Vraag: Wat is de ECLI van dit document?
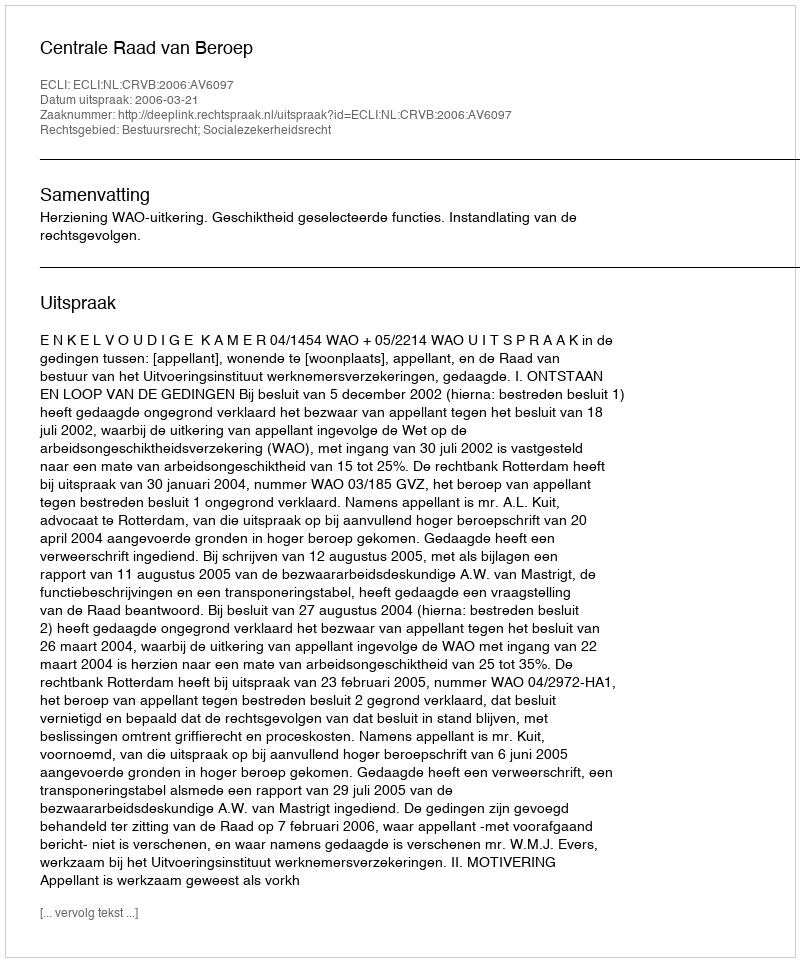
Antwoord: ECLI:NL:CRVB:2006:AV6097